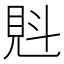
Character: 𧠕